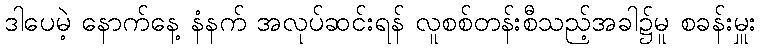
ဒါပေမဲ့ နောက်နေ့ နံနက် အလုပ်ဆင်းရန် လူစစ်တန်းစီသည့်အခါ၌မူ စခန်းမှူး